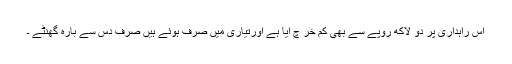
اس راہداری پر دو لاکھ روپے سے بھی کم خر چ آیا ہے اورتیاری میں صرف ہوئے ہیں صرف دس سے بارہ گھنٹے ۔